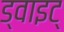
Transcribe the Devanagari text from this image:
ड्वाइट्